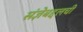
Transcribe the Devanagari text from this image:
संज्ञेबद्दलची